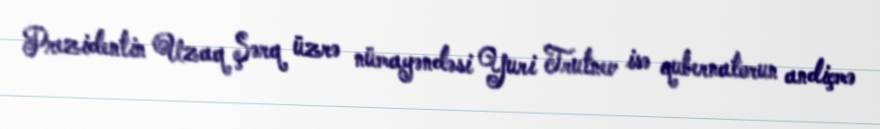
Prezidentin Uzaq Şərq üzrə nümayəndəsi Yuri Trutnev isə qubernatorun andiçmə